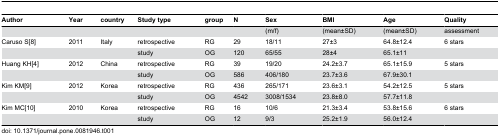
| Author | Year | country | Study type | group | N | Sex | BMI | Age | Quality |
 | --- | --- | --- | --- | --- | --- | --- | --- | --- | --- |
 |  |  |  |  |  |  | (m/f) | (mean±SD) | (mean±SD) | assessment |
 | Caruso S[8] | 2011 | Italy | retrospective | RG | 29 | 18/11 | 27±3 | 64.8±12.4 | 6 stars |
 |  |  |  | study | OG | 120 | 65/55 | 28±4 | 65.1±11 |  |
 | Huang KH[4] | 2012 | China | retrospective | RG | 39 | 19/20 | 24.2±3.7 | 65.1±15.9 | 5 stars |
 |  |  |  | study | OG | 586 | 406/180 | 23.7±3.6 | 67.9±30.1 |  |
 | Kim KM[9] | 2012 | Korea | retrospective | RG | 436 | 265/171 | 23.6±3.1 | 54.2±12.5 | 5 stars |
 |  |  |  | study | OG | 4542 | 3008/1534 | 23.8±8.0 | 57.7±11.8 |  |
 | Kim MC[10] | 2010 | Korea | retrospective | RG | 16 | 10/6 | 21.3±3.4 | 53.8±15.6 | 6 stars |
 |  |  |  | study | OG | 12 | 9/3 | 25.2±1.9 | 56.0±12.4 |  |